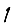
Digit: 1